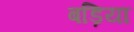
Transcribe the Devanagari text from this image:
बड़िया